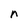
Character: n